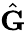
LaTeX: \hat{\mathbf G}